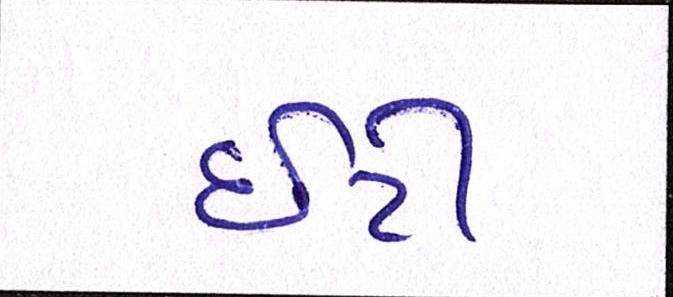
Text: ઇટી